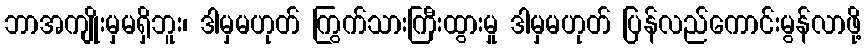
ဘာအကျိုးမှမရှိဘူး၊ ဒါမှမဟုတ် ကြွက်သားကြီးထွားမှု ဒါမှမဟုတ် ပြန်လည်ကောင်းမွန်လာဖို့